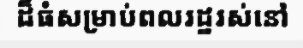
ដ៏ធំសម្រាប់ពលរដ្ឋរស់នៅ